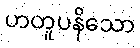
ဟတူပနိသော